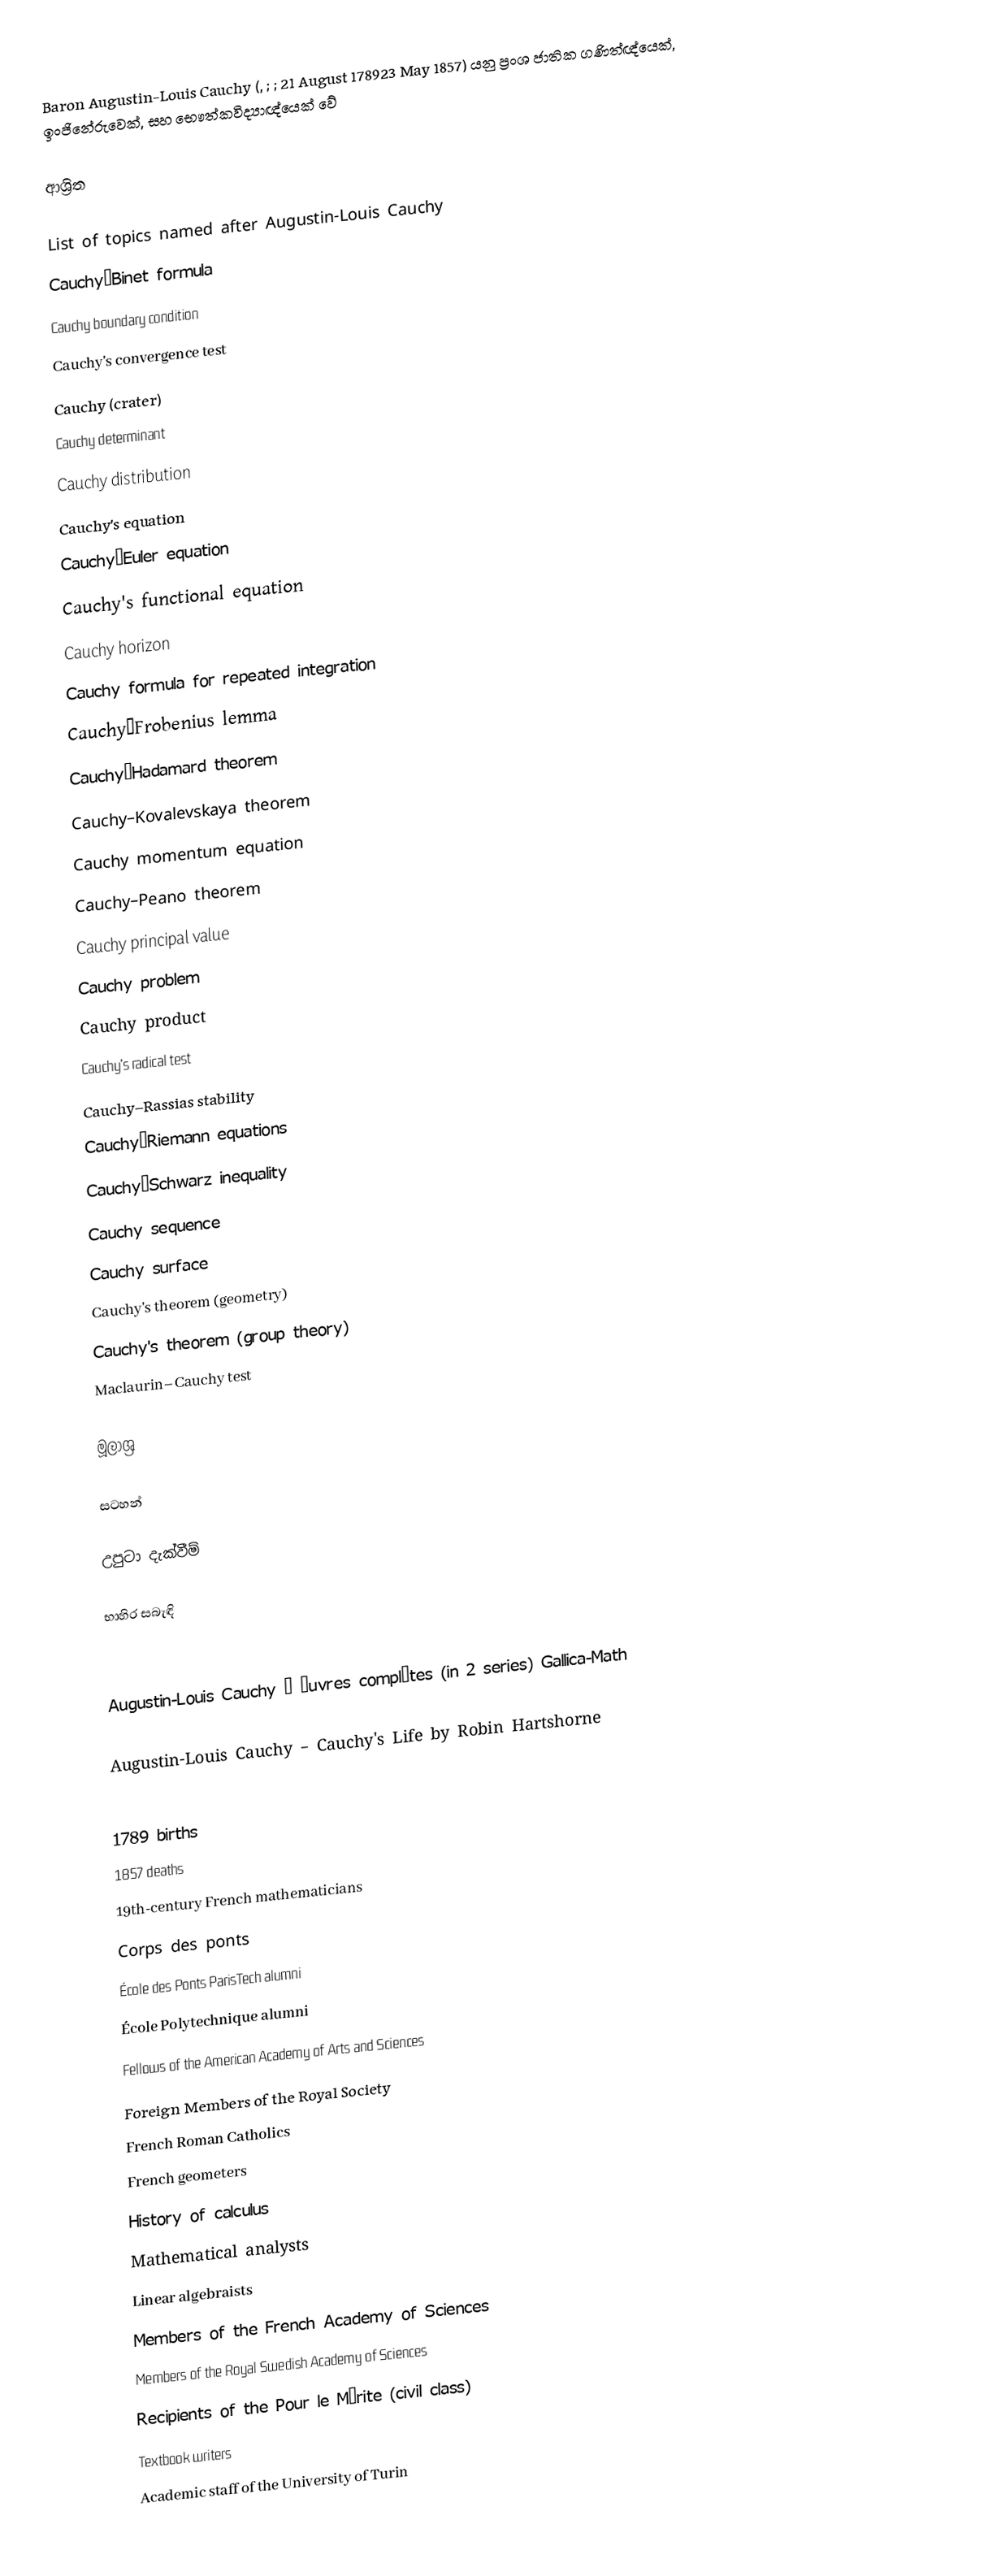
Baron Augustin-Louis Cauchy  (, ; ; 21 August 178923 May 1857) යනු ප්‍රංශ ජාතික ගණිත්ඥ්යෙක්, ඉංජිනේරුවෙක්, සහ භෞත්කවිද්‍යාඥ්යෙක් වේ

ආශ්‍රිත

 List of topics named after Augustin-Louis Cauchy
 Cauchy–Binet formula
 Cauchy boundary condition
 Cauchy's convergence test
 Cauchy (crater)
 Cauchy determinant
 Cauchy distribution
 Cauchy's equation
 Cauchy–Euler equation
 Cauchy's functional equation
 Cauchy horizon
 Cauchy formula for repeated integration
 Cauchy–Frobenius lemma
 Cauchy–Hadamard theorem
 Cauchy–Kovalevskaya theorem
 Cauchy momentum equation
 Cauchy–Peano theorem
 Cauchy principal value
 Cauchy problem
 Cauchy product
 Cauchy's radical test
 Cauchy–Rassias stability
 Cauchy–Riemann equations
 Cauchy–Schwarz inequality
 Cauchy sequence
 Cauchy surface
 Cauchy's theorem (geometry)
 Cauchy's theorem (group theory)
 Maclaurin–Cauchy test

මූලාශ්‍ර

සටහන්

උපුටා දැක්වීම්

භාහිර සබැඳි

 Augustin-Louis Cauchy – Œuvres complètes (in 2 series) Gallica-Math

 Augustin-Louis Cauchy – Cauchy's Life by Robin Hartshorne

1789 births
1857 deaths
19th-century French mathematicians
Corps des ponts
École des Ponts ParisTech alumni
École Polytechnique alumni
Fellows of the American Academy of Arts and Sciences
Foreign Members of the Royal Society
French Roman Catholics
French geometers
History of calculus
Mathematical analysts
Linear algebraists
Members of the French Academy of Sciences
Members of the Royal Swedish Academy of Sciences
Recipients of the Pour le Mérite (civil class)
Textbook writers
Academic staff of the University of Turin